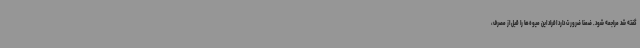
گفته شد مراجعه شود. ضمناً ضرورت دارد افراد این میوه‌ها را قبل از مصرف،